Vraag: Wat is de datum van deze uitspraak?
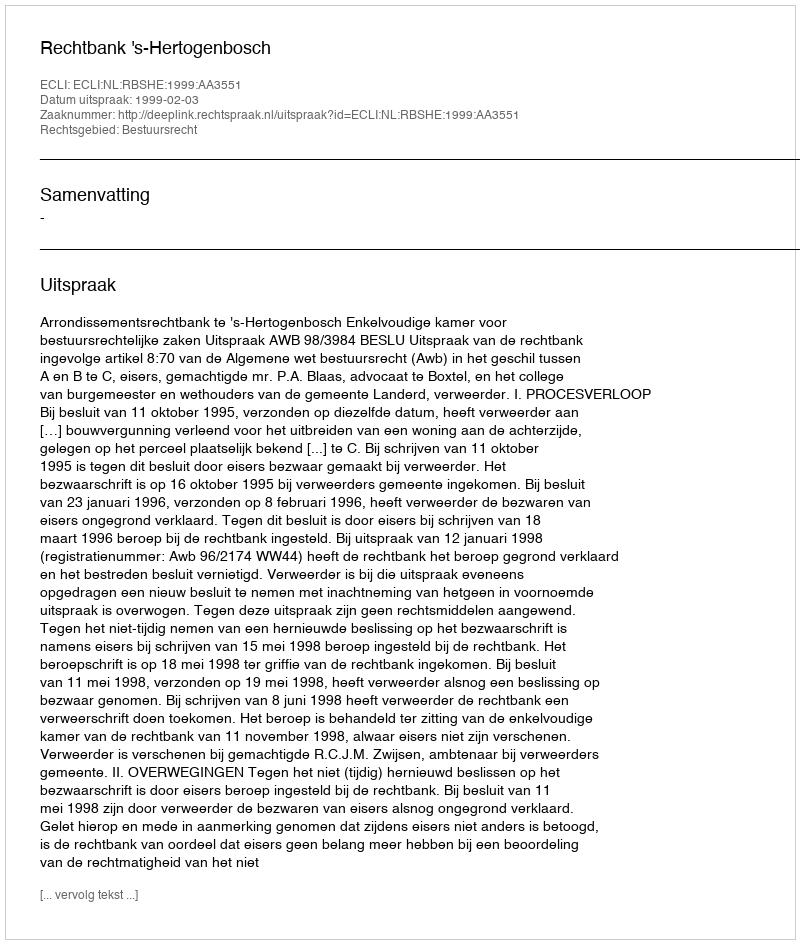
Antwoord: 1999-02-03